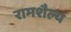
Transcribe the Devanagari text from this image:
रामशैल्य